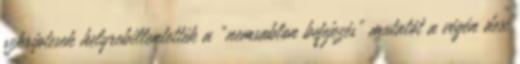
szkriptesek helyrebillentették a “nemsablon befejezés” mutatót a végén dex